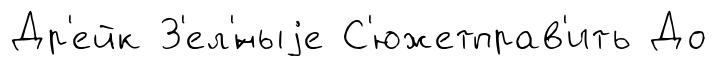
Др'ейк З'ел'́ныjе С'южетправ'ить До